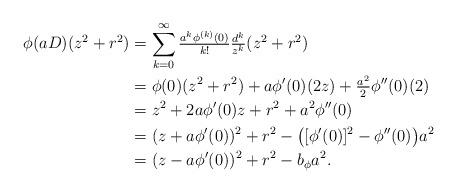
LaTeX: \begin{align*}\phi(aD)(z^2+r^2) & = \sum_{k=0}^{\infty} \tfrac{a^k \phi^{(k)}(0)}{k!} \tfrac{d^k}{z^k}(z^2+r^2) \\& = \phi(0)(z^2+r^2) + a \phi'(0)(2z)+\tfrac{a^2}{2}\phi''(0) (2) \\& = z^2 + 2a\phi'(0) z +r^2 + a^2\phi''(0) \\& = (z+a\phi'(0))^2 + r^2 - \big([\phi'(0)]^2-\phi''(0)\big)a^2 \\& = (z-a\phi'(0))^2 + r^2-b_{\phi} a^2.\end{align*}